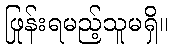
ဖြုန်းရမည့်သူမရှိ။